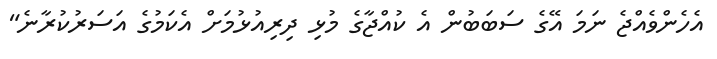
އެހެންވެއްޖެ ނަމަ އޭގެ ސަބަބުން އެ ކުއްޖާގެ މުޅި ދިރިއުޅުމަށް އެކަމުގެ އަސަރުކުރާނެ"